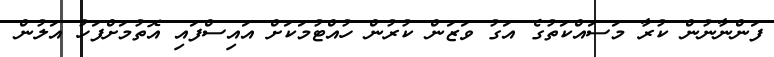
ފަންނާނުން ކުރާ މަސައްކަތުގެ އަގު ވަޒަން ކުރުން ހުއްޓުމަކަށް އައިސްފައި އޮތުމަށްފަހު އަލުން